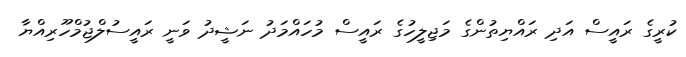
ކުރީގެ ރައީސް އަދި ރައްޔިތުންގެ މަޖިލީހުގެ ރައީސް މުހައްމަދު ނަޝީދު ވަނީ ރައީސުލްޖުމްހޫރިއްޔާ